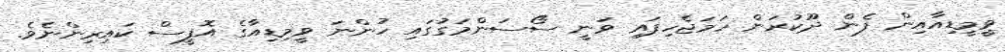
ވީމީޑިއާއިން ފެން ދޫކުރަން ހަމަޖެހިފައި ވަނީ ސޯސަންމަގުގައި ހުންނަ ވީމިޑިއާގެ އޮފީސް ކައިރިންނެވެ.